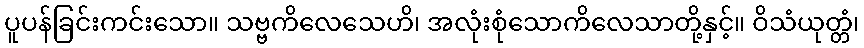
ပူပန်ခြင်းကင်းသော။ သဗ္ဗကိလေသေဟိ၊ အလုံးစုံသောကိလေသာတို့နှင့်။ ဝိသံယုတ္တံ၊